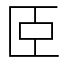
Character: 𦣞